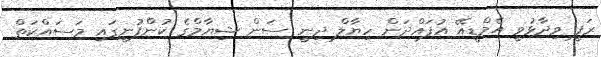
ރަފީ ވިދާޅުވީ އެމްޑީއޭ އުފައްދަން ހިޔާލް ދިނީ ސަން ޝިޔާމްގެ ކުންފުނީގައި މަސައްކަތް